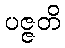
ပဇ္ဇတိ